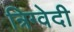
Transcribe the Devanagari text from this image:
त्रिग्वेदी